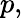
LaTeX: p,